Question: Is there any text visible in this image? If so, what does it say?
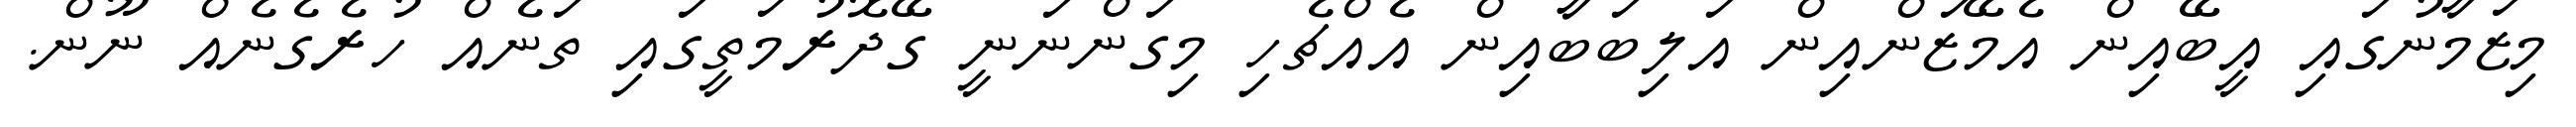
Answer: މިޒަމާނުގައި އީބޭއިން އެމޭޒަންއިން އަލިބަބާއިން އެއްޗެހި މިގަންނަނީ ގޭދޮރުމަތީގައި ތަނެއް ހުރެގެނެއް ނޫން.